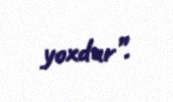
yoxdur”.